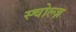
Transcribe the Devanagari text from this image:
स्चोल्ज़